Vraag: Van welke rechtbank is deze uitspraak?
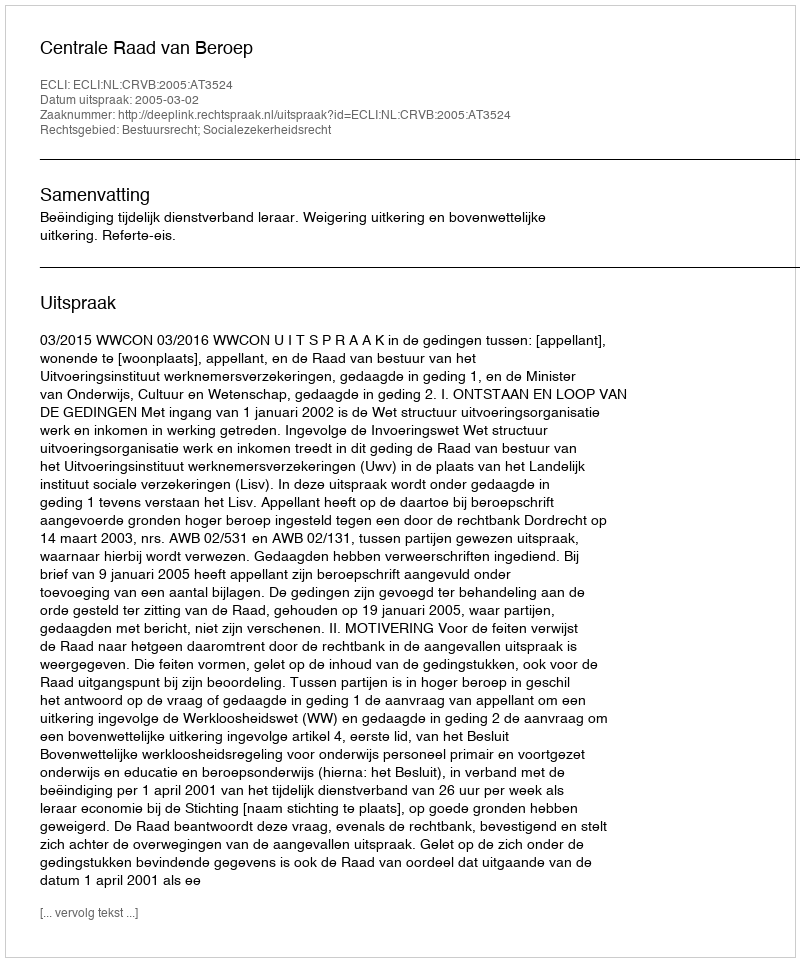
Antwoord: Centrale Raad van Beroep